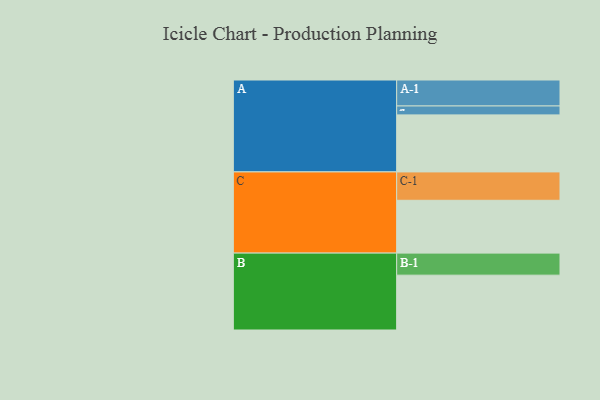
{"axis": {"x": "Segment", "y": "Value"}, "legend": ["", "A", "B", "C"], "data": [{"x": "A", "y": 569, "type": ""}, {"x": "B", "y": 547, "type": ""}, {"x": "C", "y": 527, "type": ""}, {"x": "A-1", "y": 259, "type": "A"}, {"x": "A-2", "y": 89, "type": "A"}, {"x": "B-1", "y": 220, "type": "B"}, {"x": "C-1", "y": 283, "type": "C"}]}